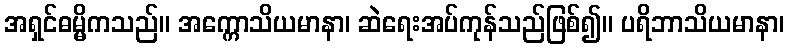
အရှင်ဓမ္မိကသည်။ အက္ကောသိယမာနာ၊ ဆဲရေးအပ်ကုန်သည်ဖြစ်၍။ ပရိဘာသိယမာနာ၊